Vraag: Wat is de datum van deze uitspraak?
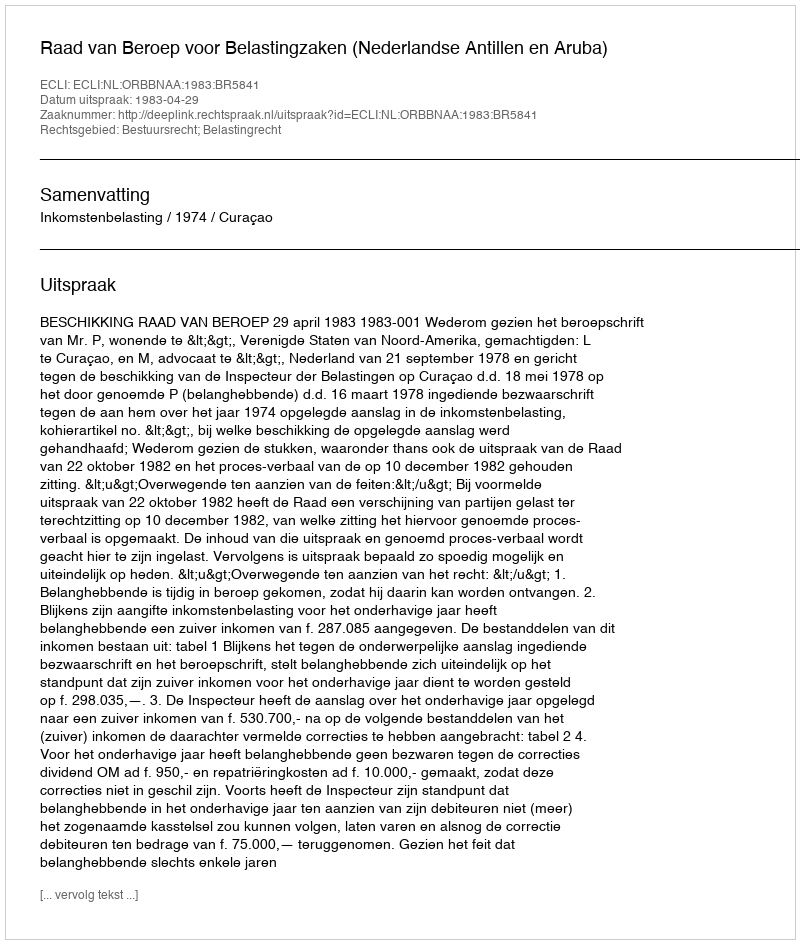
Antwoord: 1983-04-29